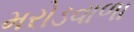
મરોડવાળા